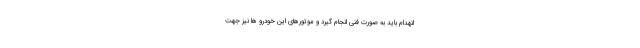
انهدام باید به صورت فنی انجام گیرد و موتورهای این خودرو ها نیز جهت